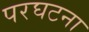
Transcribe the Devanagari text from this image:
परघटना